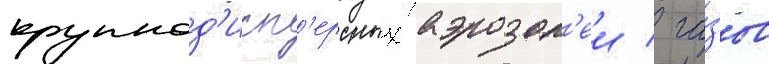
крупнод'исп'ерсных аэрозол'еи / га́зов